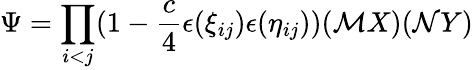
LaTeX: \Psi=\prod_{i<j}(1-\frac{c}{4}\epsilon(\xi_{ij})\epsilon(\eta_{ij}))({\cal M}X)({\cal N}Y)